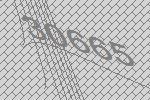
30665